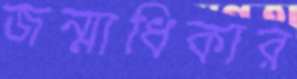
জন্মাধিকার